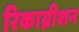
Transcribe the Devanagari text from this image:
रिकाग्नीशन